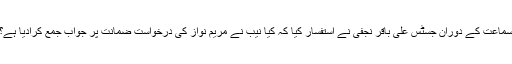
سماعت کے دوران جسٹس علی باقر نجفی نے استفسار کیا کہ کیا نیب نے مریم نواز کی درخواست ضمانت پر جواب جمع کرادیا ہے؟